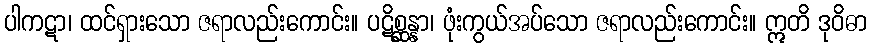
ပါကဋာ၊ ထင်ရှားသော ဇရာလည်းကောင်း။ ပဋိစ္ဆန္နာ၊ ဖုံးကွယ်အပ်သော ဇရာလည်းကောင်း။ ဣတိ ဒုဝိဓာ